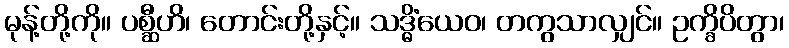
မုန့်တို့ကို။ ပစ္ဆီဟိ၊ တောင်းတို့နှင့်။ သဒ္ဓိံယေဝ၊ တကွသာလျှင်။ ဥက္ခိပိတွာ၊